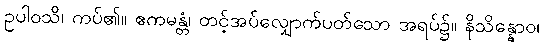
ဥပါဝသိ၊ ကပ်၏။ ဧကမန္တံ၊ တင့်အပ်လျှောက်ပတ်သော အရပ်၌။ နိသိန္နောဝ၊